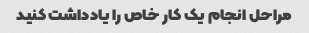
مراحل انجام یک کار خاص را یادداشت کنید